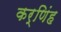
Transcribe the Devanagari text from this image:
कर्णिंह